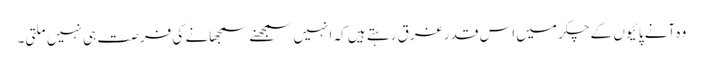
وہ آنے پائیوں کے چکر میں اس قدر غرق رہتے ہیں کہ انہیں سمجھنے سمجھانے کی فرصت ہی نہیں ملتی۔